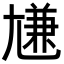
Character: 尲